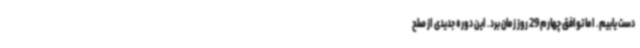
دست یابیم. اما توافق چهارم 29 روز زمان برد. این دوره جدیدی از صلح